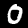
Digit: 0